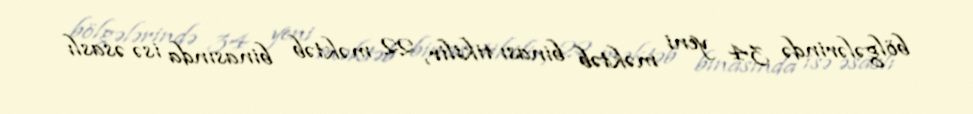
bölgələrində 34 yeni məktəb binası tikilir, 22 məktəb binasında isə əsaslı